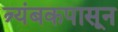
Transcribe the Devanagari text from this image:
त्र्यंबकपासून